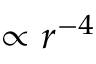
\propto r ^ { - 4 }